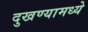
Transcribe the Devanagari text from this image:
दुखण्यामध्ये